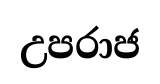
උපරාජ